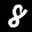
Label: 8